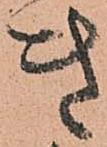
き